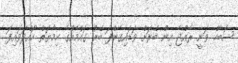
ސޮބާހް ވަނީ ރާއްޖެ އިން ބޭރަށް ވަޑައިގެންފަ ބޭރު ގައުމެއްގެ ހިމާޔަތް ހޯއްދަވައިފަ